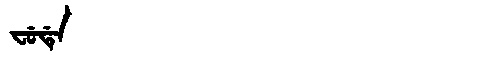
Manchu: ᠸᡠᡩᡝ
Romanization: FUDE